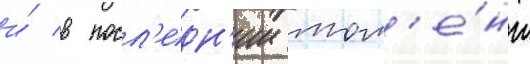
и́ в посл'едн'ии мом'е́нт